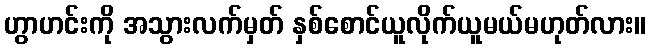
ဟွာဟင်းကို အသွားလက်မှတ် နှစ်စောင်ယူလိုက်ယူမယ်မဟုတ်လား။